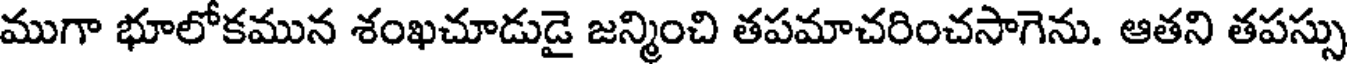
ముగా భూలోకమున శంఖచూడుడై జన్మించి తపమాచరించసాగెను. ఆతని తపస్సు